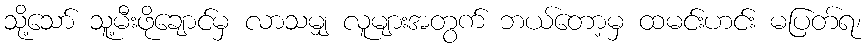
သို့သော် သူ့မီးဖိုချောင်မှ လာသမျှ လူများအတွက် ဘယ်တော့မှ ထမင်းဟင်း မပြတ်ရ၊